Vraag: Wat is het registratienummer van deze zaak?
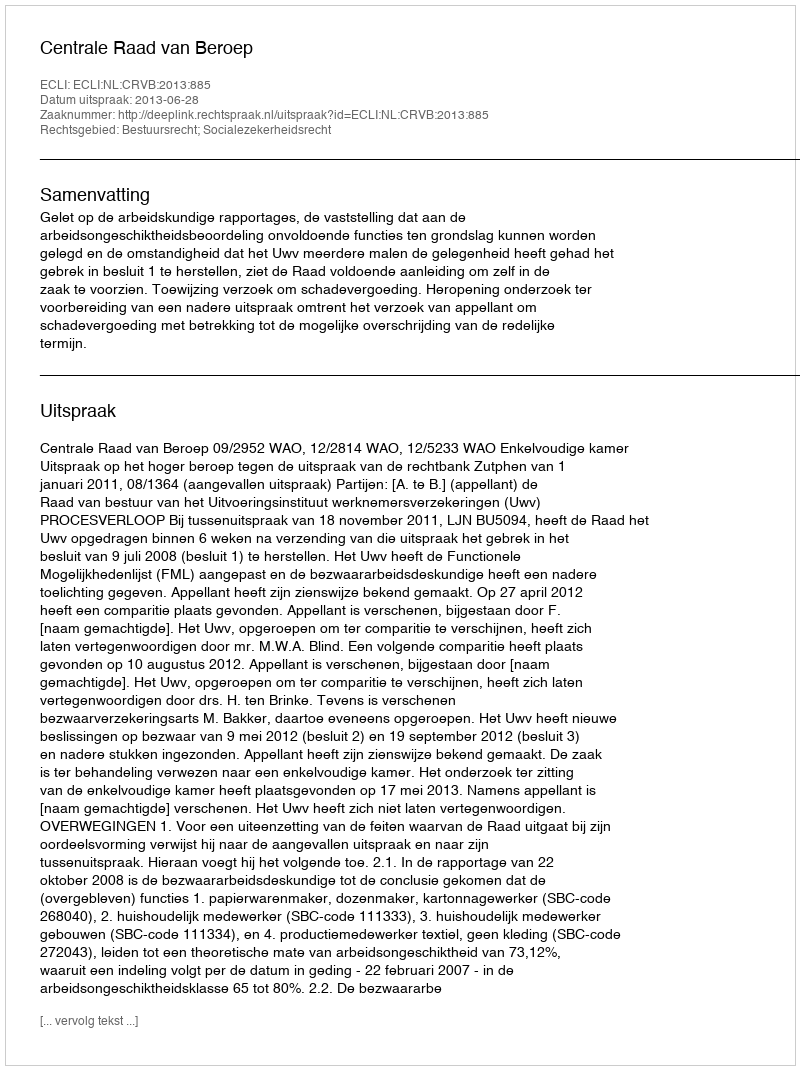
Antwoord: http://deeplink.rechtspraak.nl/uitspraak?id=ECLI:NL:CRVB:2013:885